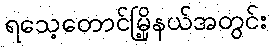
ရသေ့တောင်မြို့နယ်အတွင်း